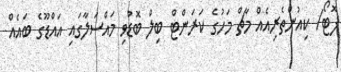
ފޮޓޯ/ ކިއުންތެެރިއެއް މާޗް މަހުގެ ކަރަންޓް ބިލް ބޮޑުވި މައްސަލާގައި އައްޑޫގެ ބައެއް